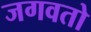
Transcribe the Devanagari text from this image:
जगवतो